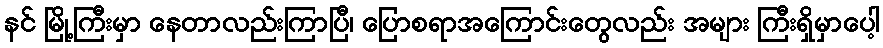
နင် မြို့ကြီးမှာ နေတာလည်းကြာပြီ၊ ပြောစရာအကြောင်းတွေလည်း အများ ကြီးရှိမှာပေါ့